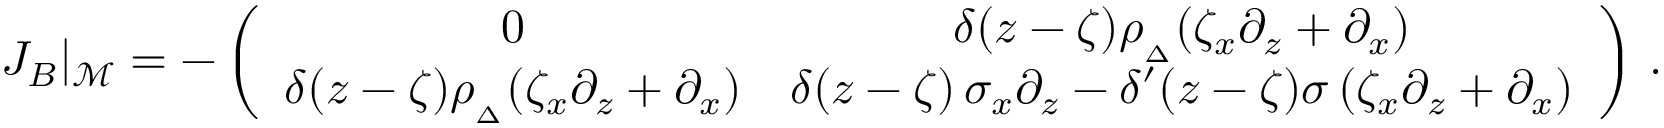
J _ { B } \vert _ { \mathcal { M } } = - \left( \begin{array} { c c } { \medskip 0 } & { \delta ( z - \zeta ) \rho _ { _ { \Delta } } ( \zeta _ { x } \partial _ { z } + \partial _ { x } ) } \\ { \delta ( z - \zeta ) \rho _ { _ { \Delta } } ( \zeta _ { x } \partial _ { z } + \partial _ { x } ) } & { \delta ( z - \zeta ) \, \sigma _ { x } \partial _ { z } - \delta ^ { \prime } ( z - \zeta ) \sigma \, ( \zeta _ { x } \partial _ { z } + \partial _ { x } ) } \end{array} \right) \, .